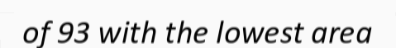
of 93 with the lowest area